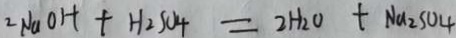
2 N a O H + H _ { 2 } S O _ { 4 } = 2 H _ { 2 } O + N a _ { 2 } S O _ { 4 }